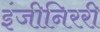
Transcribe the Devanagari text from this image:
इंजीनिररी